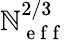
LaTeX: \mathbb{N}_{\mathrm{{~e~f~f~}}}^{2/3}